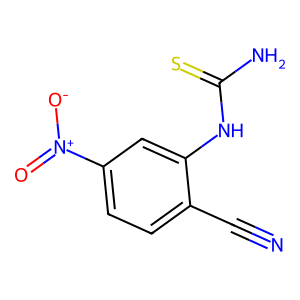
SMILES: N#Cc1ccc([N+](=O)[O-])cc1NC(N)=S
Inhibits HIV replication: No